Cholera in southern India
Disease focus: Cholera
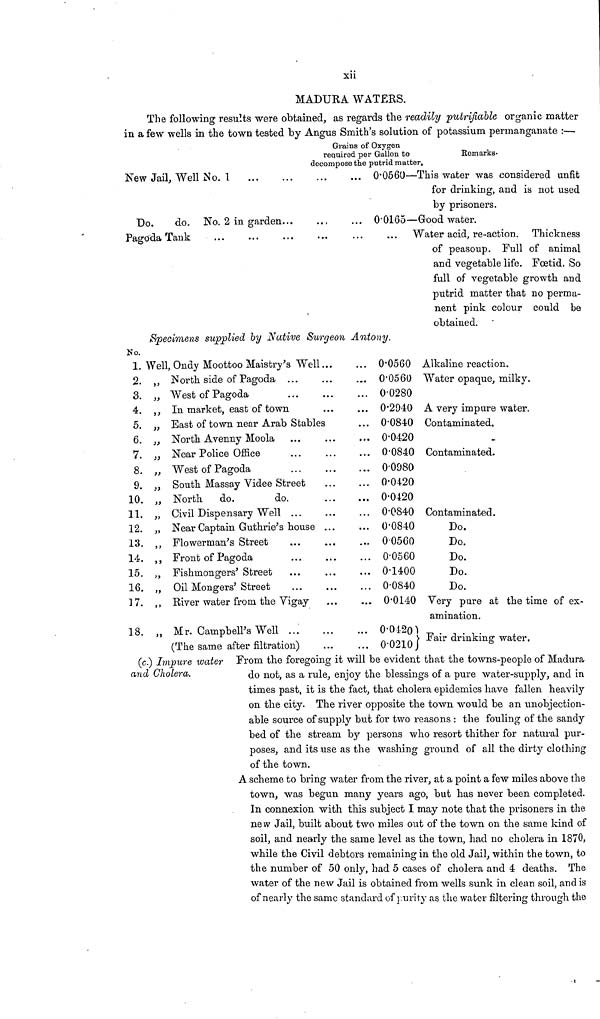
xii
MADURA WATERS.
The following results were obtained, as regards the readily putrifiable organic matter
in a few wells in the town tested by Angus Smith's solution of potassium permanganate :—
Grains of Oxygen
required per Gallon to
decompose the putrid matter
New Jail, Well No. 1
Do.
do. No. 2 in garden...
Pagoda Tank
No.
Specimens supplied by Native Surgeon
1. Well, Ondy Moottoo Maistry's Well...
2.
3.
4.
5.
6.
7.
8.
9.
10.
11.
12.
13.
14.
15.
16.
17.
18.
,,
,,
,,
,,
,,
,,
,,
,,
,,
,,
,,
,,
,,
,,
,,
North side of Pagoda ...
West of Pagoda
In market, east of town
East of town near Arab Stables
North Avenny Moola
Near Police Office
West of Pagoda
South Massay Videe Street
North
do.
do.
Civil Dispensary Well ...
Near Captain Guthrie's house ...
Flowerman's Street
Front of Pagoda
Fishmongers' Street
Oil Mongers' Street
River water from the Vigay
Mr. Campbell's Well
(The same after filtration)
Remarks.
0.0560—This water was considered unfit
for drinking, and is not used
by prisoners.
... 0.0165—Good water.
Water acid, re-action. Thickness
Antony.
... 0.0560
... 0.0560
... 0.0280
... 0.2940
... 0.0840
... 0.0420
... 0.0840
... 00980
... 0.0420
... 0.0420
... 0.0840
... 0.0840
... 0.0560
... 0.0560
... 0.1400
... 0.0840
... 0.0140
... 0.0420
... 0.0210
of peasoup. Full of animal
and vegetable life. Fœtid. So
full of vegetable growth and
putrid matter that no perma-
nent pink colour could be
obtained.
Alkaline reaction.
Water opaque, milky.
A very impure water.
Contaminated.
Contaminated.
Contaminated.
Do.
Do.
Do.
Do.
Do.
Very pure at the time of ex-
amination.
Fair drinking water.
(c.) Impure water
and Cholera.
From the foregoing it will be evident that the towns-people of Madura
do not, as a rule, enjoy the blessings of a pure water-supply, and in
times past, it is the fact, that cholera epidemics have fallen heavily
on the city. The river opposite the town would be an unobjection-
able source of supply but for two reasons : the fouling of the sandy
bed of the stream by persons who resort thither for natural pur-
poses, and its use as the washing ground of all the dirty clothing
of the town.
A scheme to bring water from the river, at a point a few miles above the
town, was begun many years ago, but has never been completed.
In connexion with this subject I may note that the prisoners in the
new Jail, built about two miles out of the town on the same kind of
soil, and nearly the same level as the town, had no cholera in 1870,
while the Civil debtors remaining in the old Jail, within the town, to
the number of 50 only, had 5 cases of cholera and 4 deaths. The
water of the new Jail is obtained from wells sunk in clean soil, and is
of nearly the same standard of purity as the water filtering through the